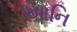
આનિ